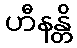
ဟီနန္တိ